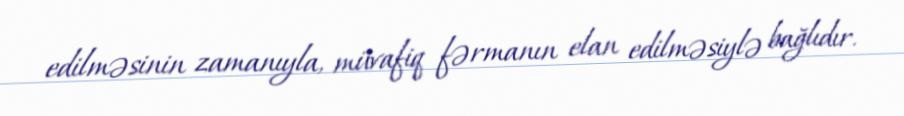
edilməsinin zamanıyla, müvafiq fərmanın elan edilməsiylə bağlıdır.